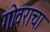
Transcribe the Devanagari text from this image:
गोवराचा